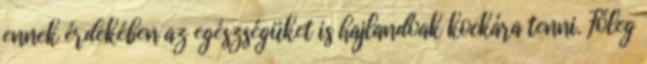
ennek érdekében az egészségüket is hajlandóak kockára tenni. Főleg